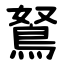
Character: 鴑